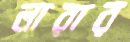
লারার